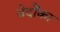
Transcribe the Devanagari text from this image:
वेदौंका